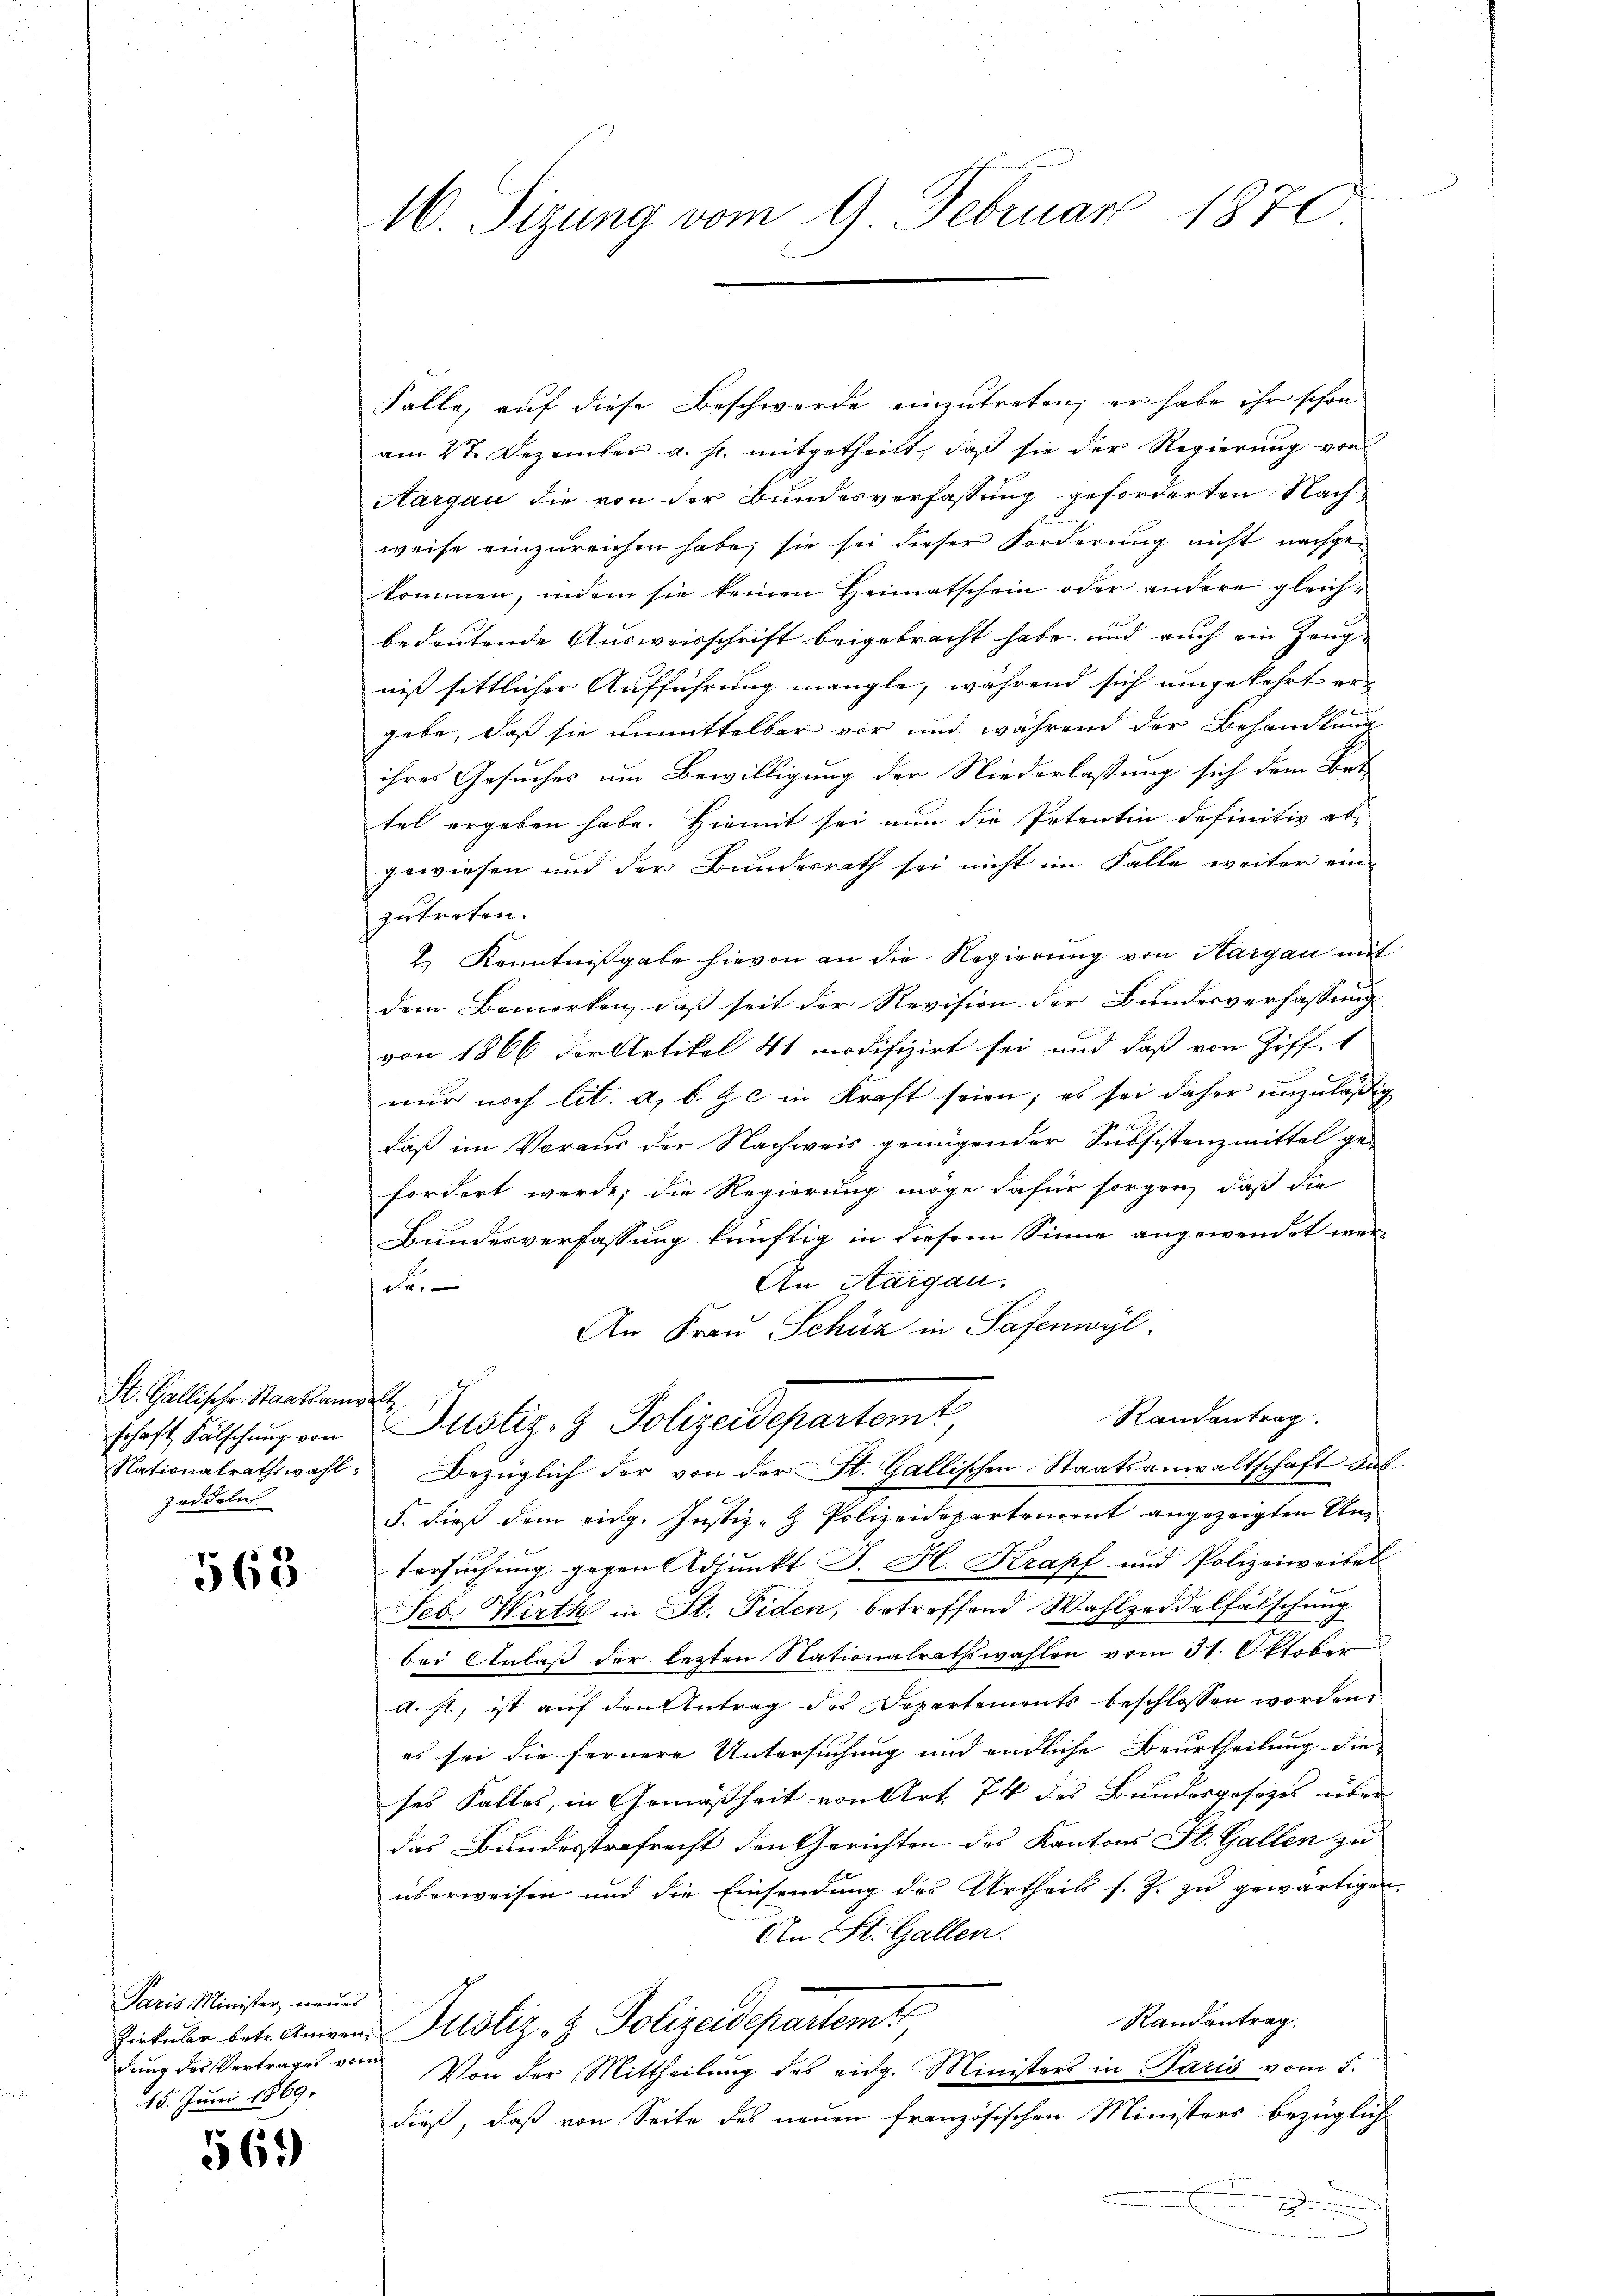
St. Gallische Staatsanwalt
zeddeln.

563

Paris Minister, neues
dung der Vertrages vom
15. Juni 1869.

569)

16. Sizung vom 9. Februar 1870

Falle, auf diese Beschwerde einzutreten; er habe ihr schon
am 27. Dezember a. s. mitgetheilt, daß sie der Regierung von
Aargau die von der Bundesverfassung geforderten Nachweise einzureichen habe, sie sei dieser Forderung nicht nachgekommen, indem sie keinen Heimatschein oder andere gleichbedeutende Ausweisschrift beigebracht habe, und auch ein Zangniß sittlicher Aufführung mangle, während sich umgekehrt ergebe, daß sie unmittelbar vor und während der Behandlung
ihres Gesuches um Bewilligung der Niederlassung sich dem Bet-
tel ergeben habe. Hiemit sei nun die Petentin definitiv ab-
gewiesen und der Bundesrath sei nicht im Falle weiter eine
zutreten.
2.) Kenntnißgabe hievon an die Regierung von Aargau mit
dem Bemerken, daß seit der Revision der Bundesverfassung
von 1866 der Artikel 41 modifizirt sei und daß von Ziff. 1
nur noch lit. a, b. & c in Kraft seien; es sei daher unzuläßig
daß im Voraus der Nachweis genügender Subsistenzmittel gefordert werde; die Regierung möge dafür sorgen, daß die
Bundesverfassung künftig in diesem Sinne angewendet wer¬
An Aargau.
da.
An Frau Schüz in Safenwyl
Randantrag
schaft Fälschung von Justiz- & Polizeidepartemt
Nationalrathswahl Bezüglich der von der St. Gallischen Staatsanwaltschaft das
F. dieß dem eidg. Justiz- & Polizeidepartement angezeigten Antersŭchŭng gegen Adjunkt J. H. Krapf und Polizeiweibel
Feb. Wirth in St. Fiden, betreffend Wahlzeddelfälschung
bei Anlaß der lezten Nationalrathswahlen vom 31. Oktober
A.st., ist auf den Antrag des Departements beschlossen worden.
es sei die fernere Untersuchung und endliche Beurtheilung die
ses Falles, in Gemäßheit von Art. 74 des Bundesgesetzes über
das Bundesstrafrecht den Gerichten des Kantons St. Gallen zu
überweisen und die Einsendung des Urtheils s. Z. zu gewärtigen.
An St. Gallen.
Randantrag
Zicküber betr. Amiren Justiz- & Polizeidepartemt
Von der Mittheilung des eidg. Ministers in Paris vom 5.
dieß, daß von Seite des neuen französischen Ministers bezüglich
F